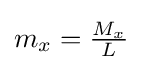
{\textstyle m_{x}={\frac {M_{x}}{L}}}